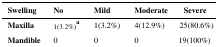
<table><thead><tr><td><b>Swelling</b></td><td><b>No</b></td><td><b>Mild</b></td><td colspan="2"><b>Moderate</b></td><td><b>Severe</b></td></tr></thead><tbody><tr><td><b>Maxilla</b></td><td>1(3.2%)<sup>a</sup></td><td>1(3.2%)</td><td>4(12.9%)</td><td colspan="2">25(80.6%)</td></tr></tbody></table>